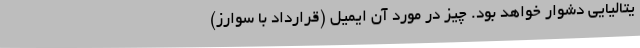
یتالیایی دشوار خواهد بود. چیز در مورد آن ایمیل (قرارداد با سوارز)